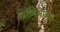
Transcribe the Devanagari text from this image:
जिरेनिऑल